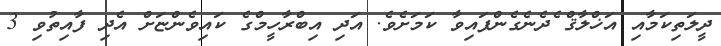
ދީލަތިކަމާއި އަޚްލާޤް ެދެނެގެންފައިވާ ކަމަށެވެ. އަދި އިބްރާހީމްގެ ކައިވެންޏަށް އެދި ފާއިތުވި 3